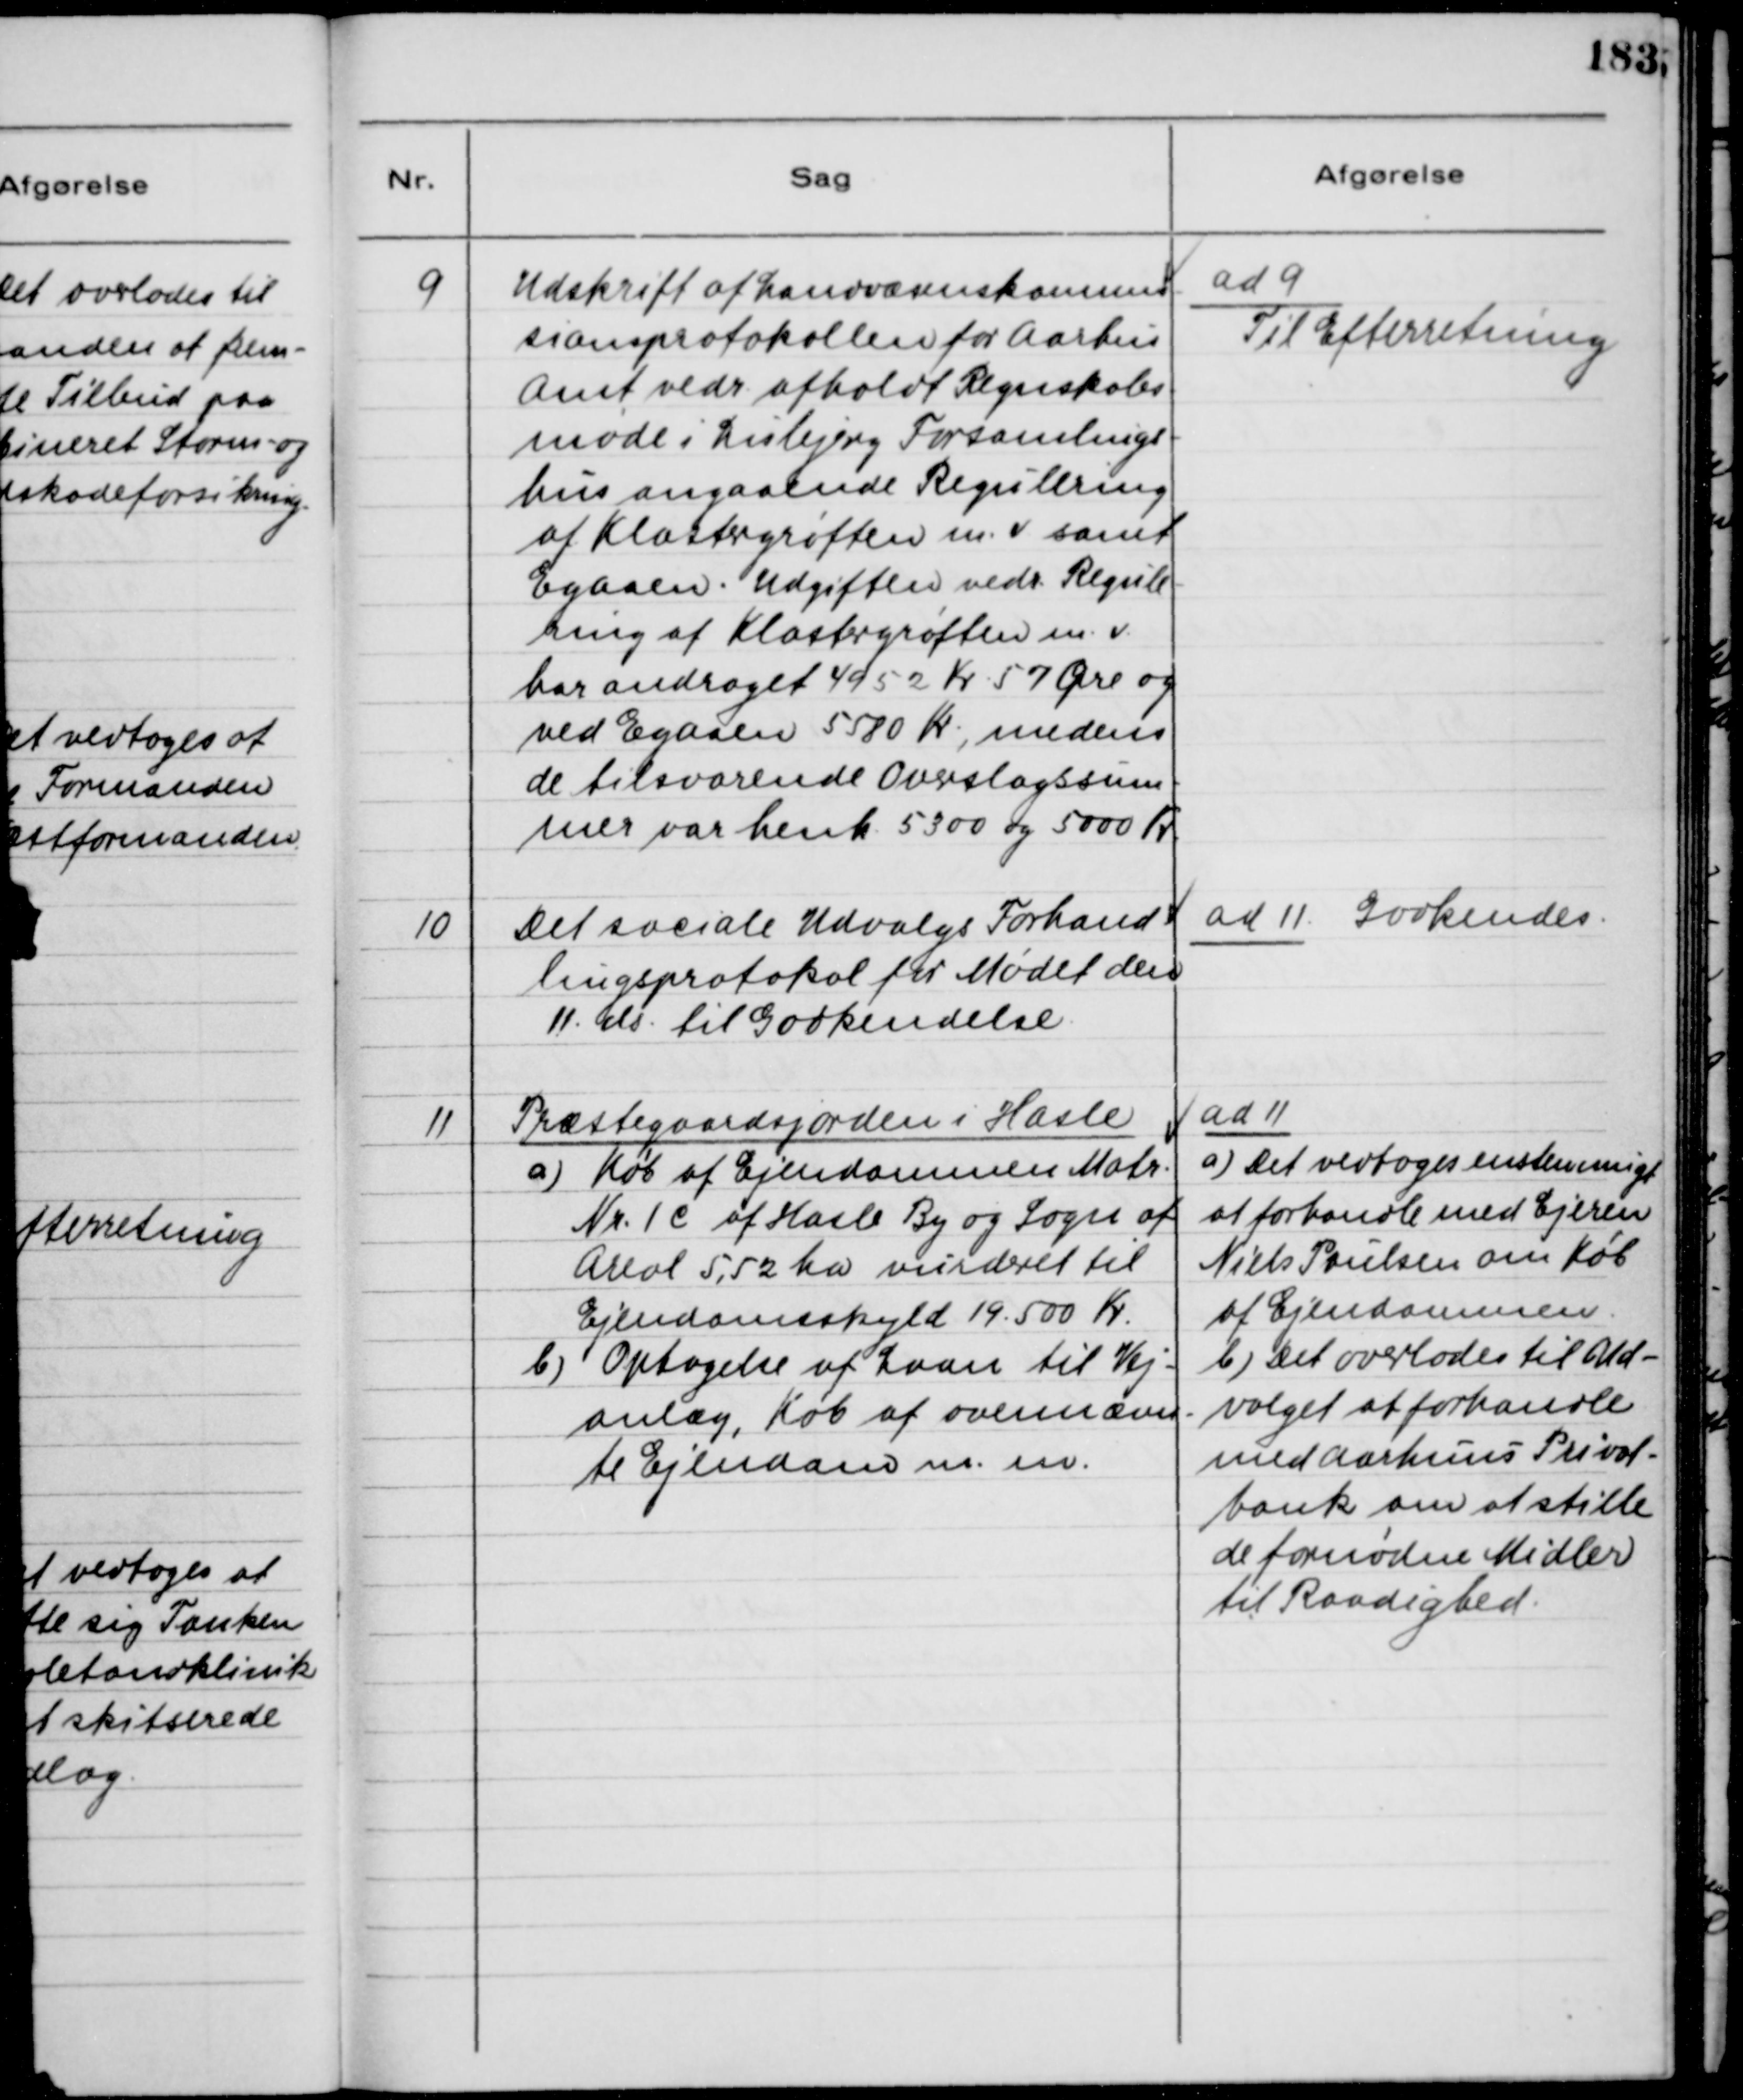
Transskription:
9
Udskrift af Landvæsenskommis-
sionsprotokollen for Aarhus
Amt vedr. afholdt Regnskabs-
møde i Lisbjerg Forsamlings-
hus angaaende Regulering
af Klostergrøften m.v. samt
Egaaen. Udgiften vedr. Regule-
ring af Klostergrøften m.v.
har andraget 4952 Kr 57 Øre og
ved Egaaen 5580 Kr, medens
de tilsvarende Overslagssum-
mer var henh. 5300 og 5000 Kr
ad 9
Til Efterretning
10
Det sociale Udvalgs Forhand-
lingsprotokol for Mødet den
11. ds. til Godkendelse.
ad 11 Godkendes.
11
Præstegaardsjorden i Hasle
a) Køb af Ejendommen Matr.
Nr. 1 c af Hasle By og Sogn af
Areal 5,52 ha vurderet til
Ejendomsskyld 19.500 Kr
b) Optagelse af Laan til Vej-
anlæg, Køb af ovennævn-
te Ejendom m.m.
ad 11
a) Det vedtoges enstemmigt
at forhandle med Ejeren
Niels Poulsen om Køb
af Ejendommen.
b) Det overlodes til Ud-
valget at forhandle
med Aarhuus Privat-
bank om at stille
de fornødne Midler
til Raadighed.